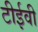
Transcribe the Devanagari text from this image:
टीईवी